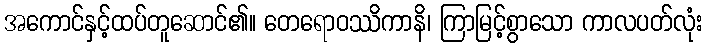
အကောင်နှင့်ထပ်တူဆောင်၏။ တေရောဝဿိကာနိ၊ ကြာမြင့်စွာသော ကာလပတ်လုံး